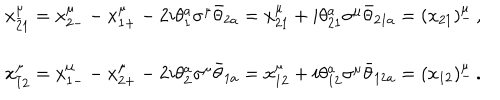
\begin{array} { c } { { x _ { \bar { 2 } 1 } ^ { \mu } = x _ { 2 - } ^ { \mu } - x _ { 1 + } ^ { \mu } - 2 i \theta _ { 1 } ^ { a } \sigma ^ { \mu } \bar { \theta } _ { 2 a } = x _ { 2 1 } ^ { \mu } + i \theta _ { 2 1 } ^ { a } \sigma ^ { \mu } \bar { \theta } _ { 2 1 a } = ( x _ { 2 1 } ) _ { - } ^ { \mu } \, , } } \\ { { { } } } \\ { { x _ { \bar { 1 } 2 } ^ { \mu } = x _ { 1 - } ^ { \mu } - x _ { 2 + } ^ { \mu } - 2 i \theta _ { 2 } ^ { a } \sigma ^ { \mu } \bar { \theta } _ { 1 a } = x _ { 1 2 } ^ { \mu } + i \theta _ { 1 2 } ^ { a } \sigma ^ { \mu } \bar { \theta } _ { 1 2 a } = ( x _ { 1 2 } ) _ { - } ^ { \mu } \, . } } \\ \end{array}